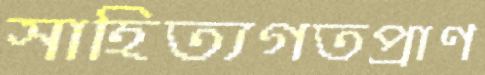
সাহিত্যগতপ্রাণ